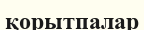
қорытпалар